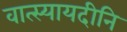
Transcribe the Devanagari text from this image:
वात्स्यायदीनि